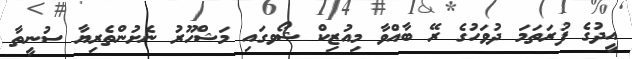
އީދުގެ ފުރަތަމަ ދުވަހުގެ ރޭ ބާއްވާ މިއުޒިކް ޝޯވގައި މަޝްހޫރު ނެށުންތެރިޔާ ސުނީތާ